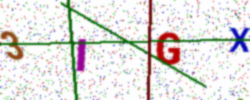
Text: 3IGX